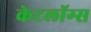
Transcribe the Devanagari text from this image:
केटलॉग्स